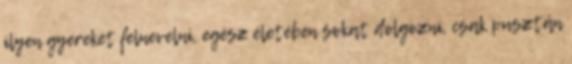
ilyen gyereket felnevelni, egész életében sokat dolgozni, csak pusztán